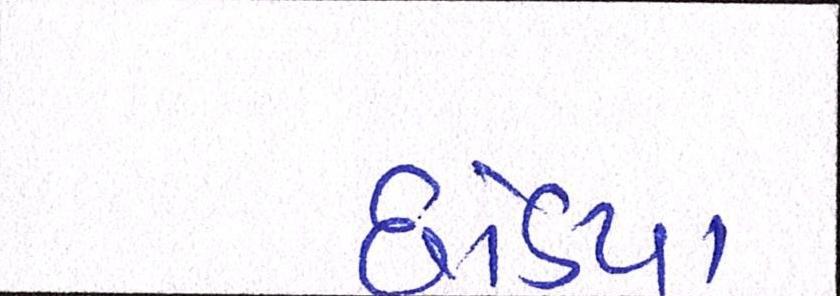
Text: છોડયા